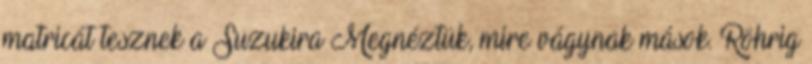
matricát tesznek a Suzukira Megnéztük, mire vágynak mások. Röhrig